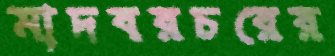
মাদবরচরের